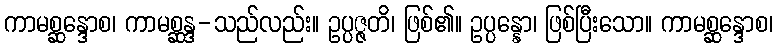
ကာမစ္ဆန္ဒောစ၊ ကာမစ္ဆန္ဒ-သည်လည်း။ ဥပ္ပဇ္ဇတိ၊ ဖြစ်၏။ ဥပ္ပန္နော၊ ဖြစ်ပြီးသော။ ကာမစ္ဆန္ဒောစ၊